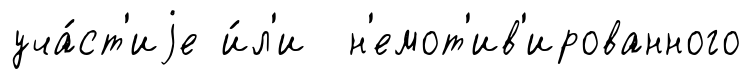
уча́ст'иjе и́л'и н'емот'ив'ированного